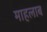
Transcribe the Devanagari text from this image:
माहलाब